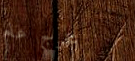
مخرج عام